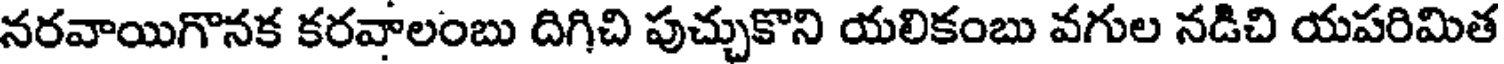
నరవాయిగొనక కరవాలంబు దిగిచి పుచ్చుకొని యలికంబు వగుల నడిచి యపరిమిత